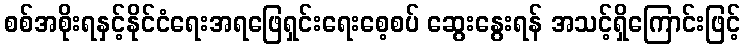
စစ်အစိုးရနှင့်နိုင်ငံရေးအရဖြေရှင်းရေးစေ့စပ် ဆွေးနွေးရန် အသင့်ရှိကြောင်းဖြင့်